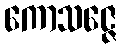
ကောသဇ္ဇေ